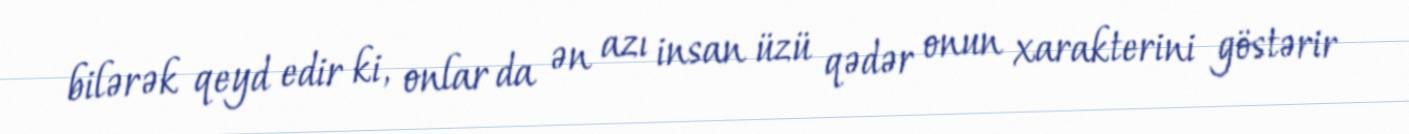
bilərək qeyd edir ki, onlar da ən azı insan üzü qədər onun xarakterini göstərir